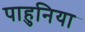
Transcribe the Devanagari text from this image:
पाहुनिया